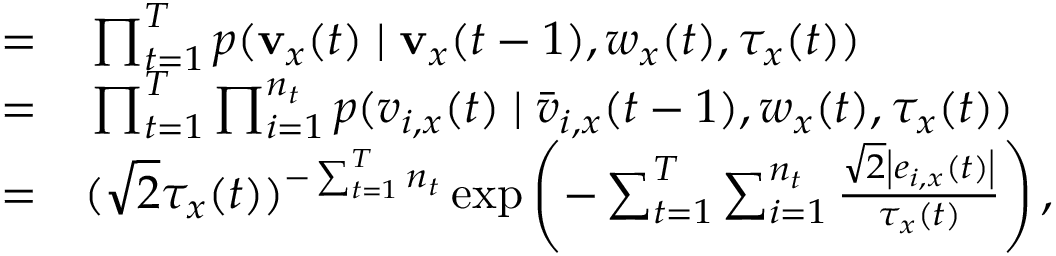
\begin{array} { r l } { = } & { { } \prod _ { t = 1 } ^ { T } p ( \mathbf v _ { x } ( t ) \mid \mathbf v _ { x } ( t - 1 ) , w _ { x } ( t ) , \tau _ { x } ( t ) ) } \\ { = } & { { } \prod _ { t = 1 } ^ { T } \prod _ { i = 1 } ^ { n _ { t } } p ( v _ { i , x } ( t ) \mid \bar { v } _ { i , x } ( t - 1 ) , w _ { x } ( t ) , \tau _ { x } ( t ) ) } \\ { = } & { { } ( \sqrt { 2 } \tau _ { x } ( t ) ) ^ { - \sum _ { t = 1 } ^ { T } { n _ { t } } } \exp \left( - \sum _ { t = 1 } ^ { T } \sum _ { i = 1 } ^ { n _ { t } } \frac { \sqrt { 2 } \left| e _ { i , x } ( t ) \right| } { { \tau _ { x } ( t ) } } \right) , } \end{array}